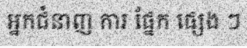
អ្នកជំនាញ ការ ផ្នែក ផ្សេង ៗ